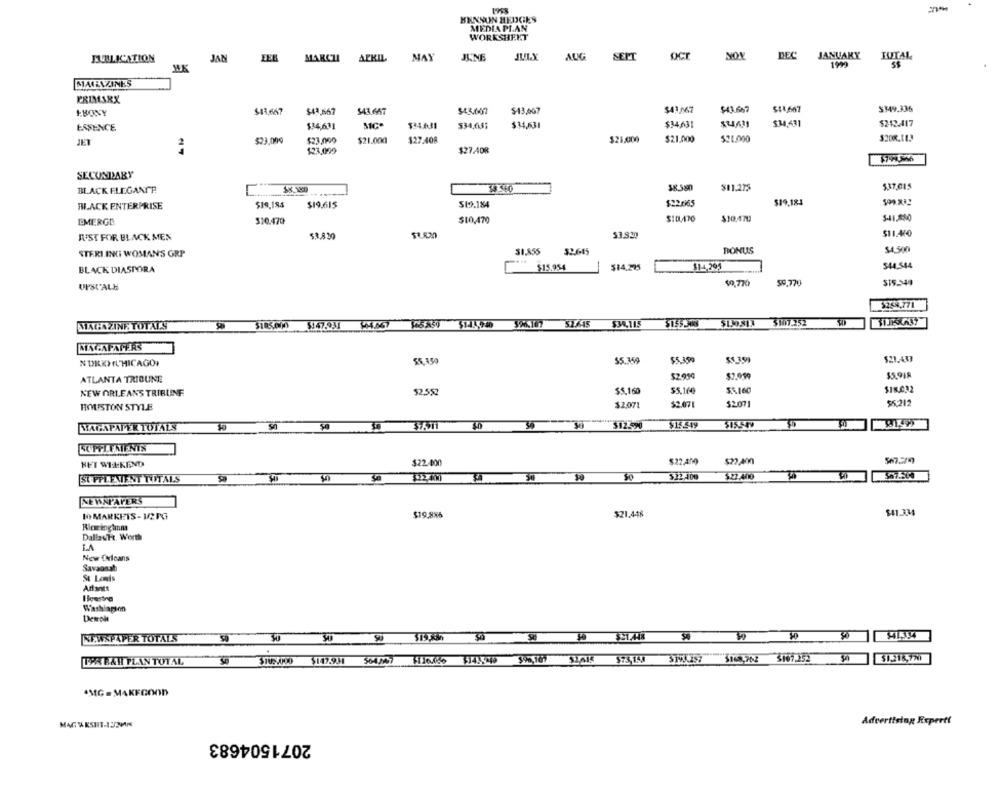
BENSON HEDGES
MEDIA PLAN
WORKSHEET
JULY
OCT
NON
DEC
JANUARY
JUTAL
MULLICATION
JAN
MARCH
APRIL
MAY
JUNE
AUG
SEPT
1999
MAGAZINES
EBONY
$43.647
$43,667
543.667
$43.007
$13,007
$4,3,567
$43.667
$$4,667
$349.336
ESSENCE
$34,611
534,651
$34,631
$34,631
$34,631
$2-12-417
$23.009
$23,000
$21.000
$27.408
$21.000
$21.000
$21.000
$200.1.1.3
$23,099
$27.408
37945506
SECUNDARY
BLACK ELEGANTE
38 560
$11.275
537,015
BLACK ENTERPRISE
$19.185
$19.615
$19.184
$22.0965
$19,184
EMERGE
$10.470
$10,470
$10.4713
RUST FOR BLACK MEN
3.3,830
53.820
STERI INKI WOMAN'S GRP
$1.855
32.645
BONUS
$4.500
BLACK DIASPORA
$15.954
$14.295
$14,295
$44.544
UPSCALE
$0,770
59.770
$254,771
$34,115
$107.252
MAGAZINE TOTAL'S
MAGAPAPERS
NURIDELHICAGO,
85, 45
$5.359
$5.359
$5.359
$21.437
ATLANTA TRIBUNE
$2.050
$5.918
$5,16€
$18.032
NEW ORLEANS TRIBUNF
52,55
$5,160
$5.160
$2.07
$2071
55.212
HOUSTON STYLE
$2.071
MAGAPAPER TOTALS
50
37.5T1
$12590
$15.549
$15549
SUPPLEMENIN
HET WEEKEND
$22.400
$22 AM
$22.400
$22.400
ST.PPLEMIENT T.STALS
34
$22.400
NEWSPAPERS
10 MARKETS- 122PG
$19.886
$21.448
$41.334
Ricringhmm
DallasFt. Worth
LA
New Cleans
Savannah
St Louis
Demrole
NEWSPAPER TOTALS
Si
.
51615
5168,762 $107.252
51218,77
LAN BAH PLAN TOTAL
$147.931
$90,167
*MG = MAKEGOOD
Advertising Reperti
MAG TAKSIT-JUMAN
2071504683